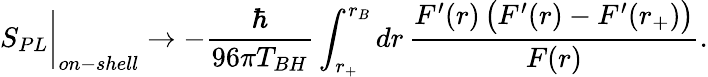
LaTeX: S_{PL}\biggr\vert_{on-shell}\rightarrow-\frac{\hbar}{96\pi T_{BH}}\int_{r_{+}}^{r_{B}}dr\, \frac{F^{\prime}(r)\, \bigl(F^{\prime}(r)-F^{\prime}(r_{+})\bigl)}{F(r)}.